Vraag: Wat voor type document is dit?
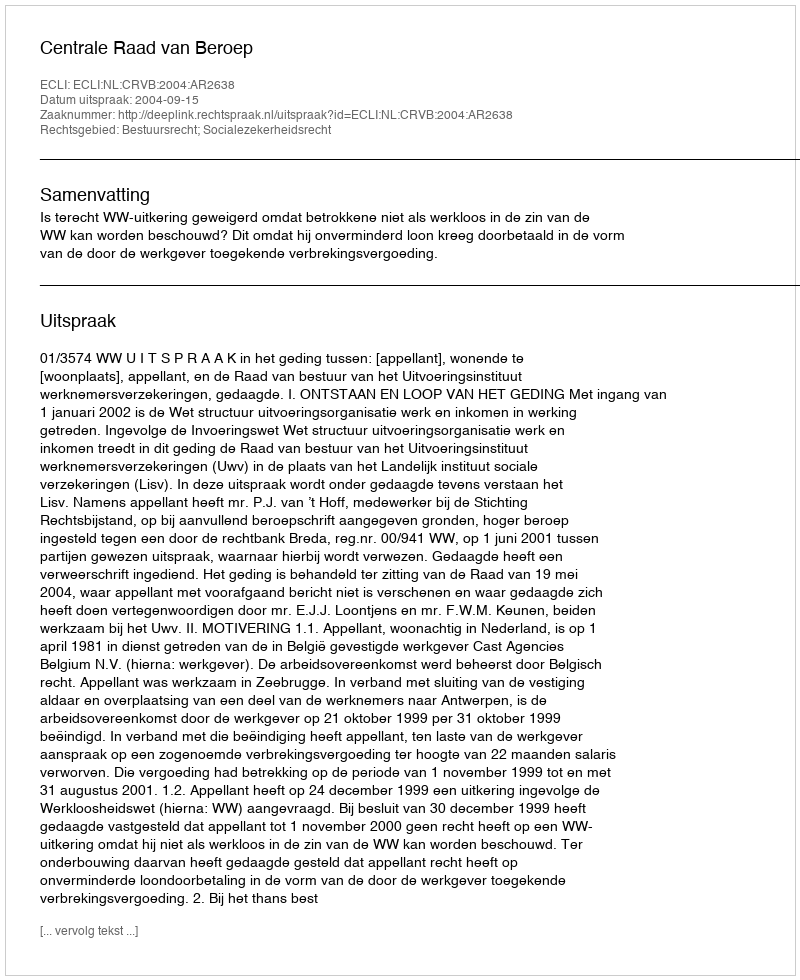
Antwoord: Uitspraak